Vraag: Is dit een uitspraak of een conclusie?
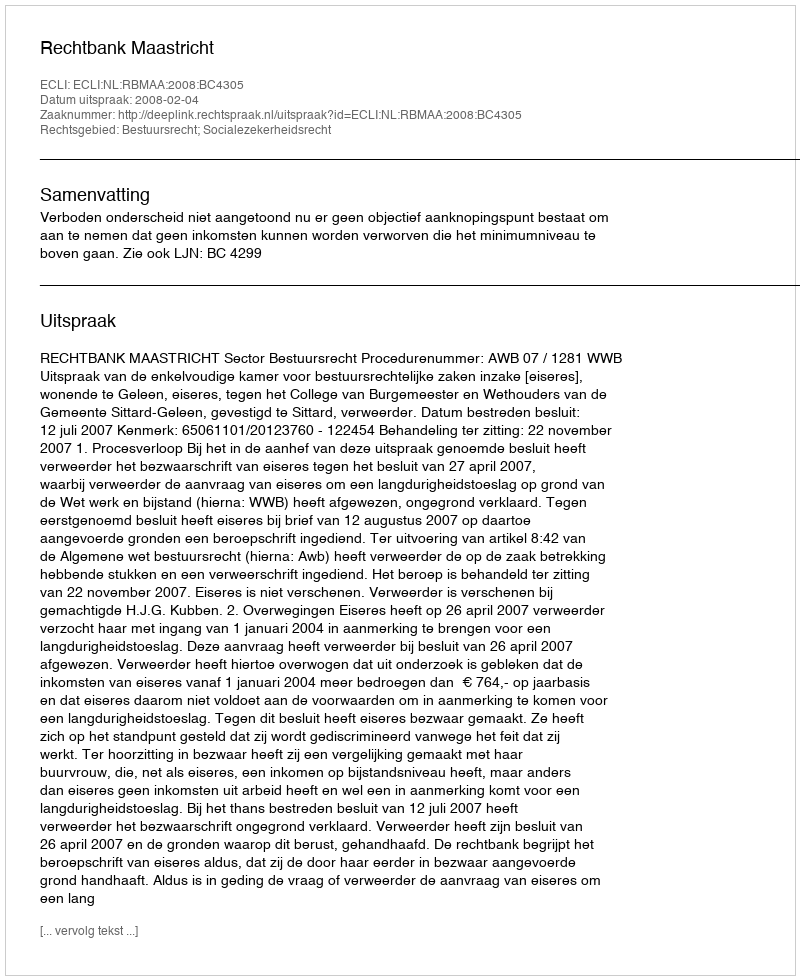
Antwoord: Uitspraak